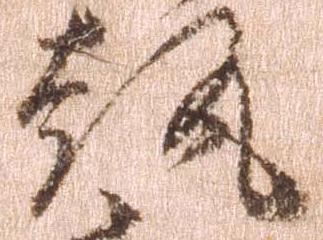
執